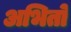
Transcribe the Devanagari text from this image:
अभितो